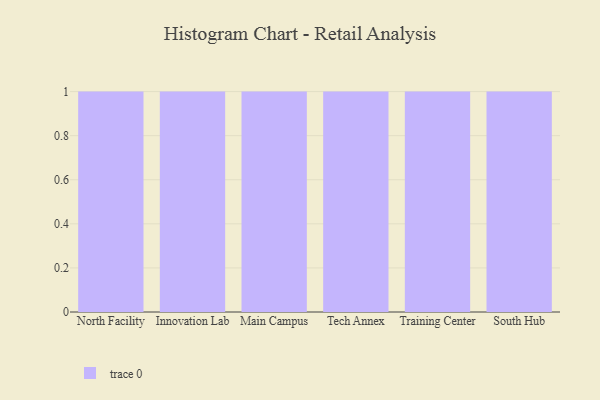
{"axis": {"x": "Campus", "y": "Inventory Turnover"}, "legend": [""], "data": [{"x": "North Facility", "y": 93, "type": ""}, {"x": "Innovation Lab", "y": 68, "type": ""}, {"x": "Main Campus", "y": 85, "type": ""}, {"x": "Tech Annex", "y": 76, "type": ""}, {"x": "Training Center", "y": 97, "type": ""}, {"x": "South Hub", "y": 65, "type": ""}]}